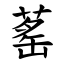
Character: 䔄